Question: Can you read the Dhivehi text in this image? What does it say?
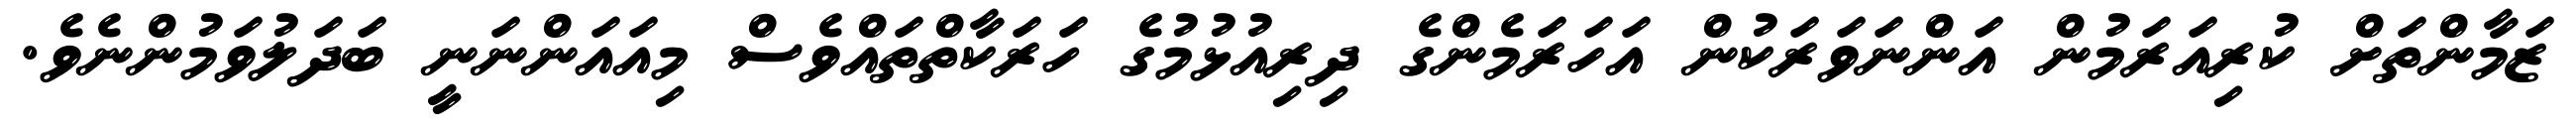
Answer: ޒަމާންތަށް ކުރިއަރަމުން އަންނަވަރަކުން އަހަރަމެންގެ ދިރިއުޅުމުގެ ހަރަކާތްތައްވެސް މިއައަންނަނީ ބަދަލުވަމުންނެވެ.